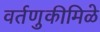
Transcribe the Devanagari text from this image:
वर्तणुकीमिळे